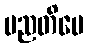
မညတိပေ